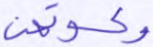
وكسوتهن